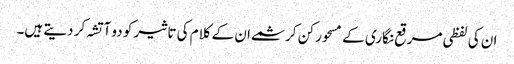
ان کی لفظی مرقع نگاری کے مسحور کن کرشمے ان کے کلام کی تاثیر کو دو آتشہ کر دیتے ہیں۔